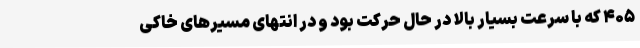
۴۰۵ که با سرعت بسیار بالا در حال حرکت بود و در انتهای مسیرهای خاکی